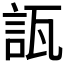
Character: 𧧀